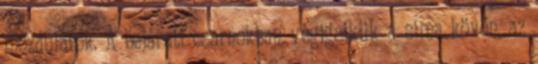
mozdulatok. A bejárati csarnokban végigsiklik a sima kövön, az